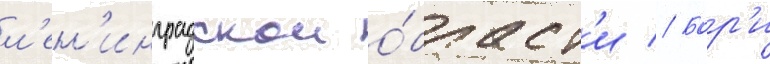
л'ен'инградскои о́бласт'и // Бор'и